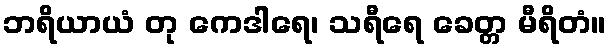
ဘရိယာယံ တု ကေဒါရေ၊ သရီရေ ခေတ္တ မီရိတံ။